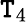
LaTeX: \mathtt{T}_{4}